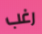
رغب